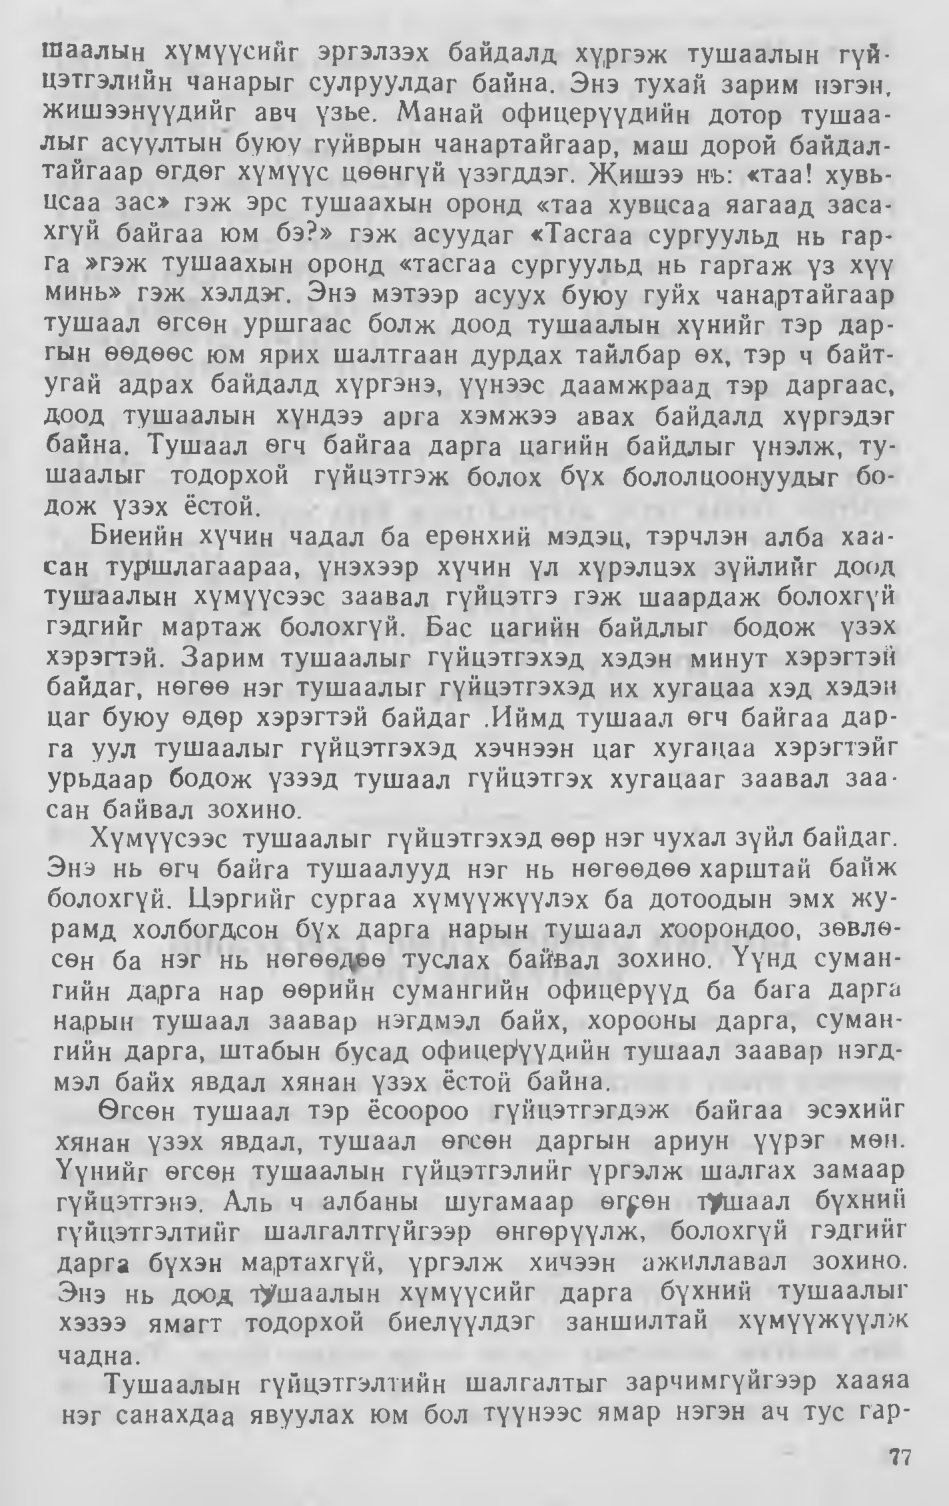
Language: mn